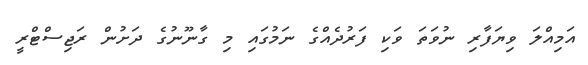
އަމިއްލަ ވިޔަފާރި ނުވަތަ ވަކި ފަރުދެއްގެ ނަމުގައި މި ގާނޫނުގެ ދަށުން ރަޖިސްޓްރީ